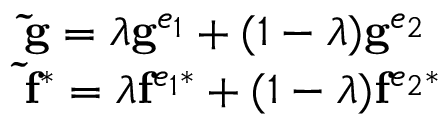
\begin{array} { l } { \mathbf { \tilde { g } } = \lambda \mathbf { g } ^ { e _ { 1 } } + ( 1 - \lambda ) \mathbf { g } ^ { e _ { 2 } } } \\ { \mathbf { \tilde { f } } ^ { * } = \lambda \mathbf { f } ^ { e _ { 1 } * } + ( 1 - \lambda ) \mathbf { f } ^ { e _ { 2 } * } } \end{array}